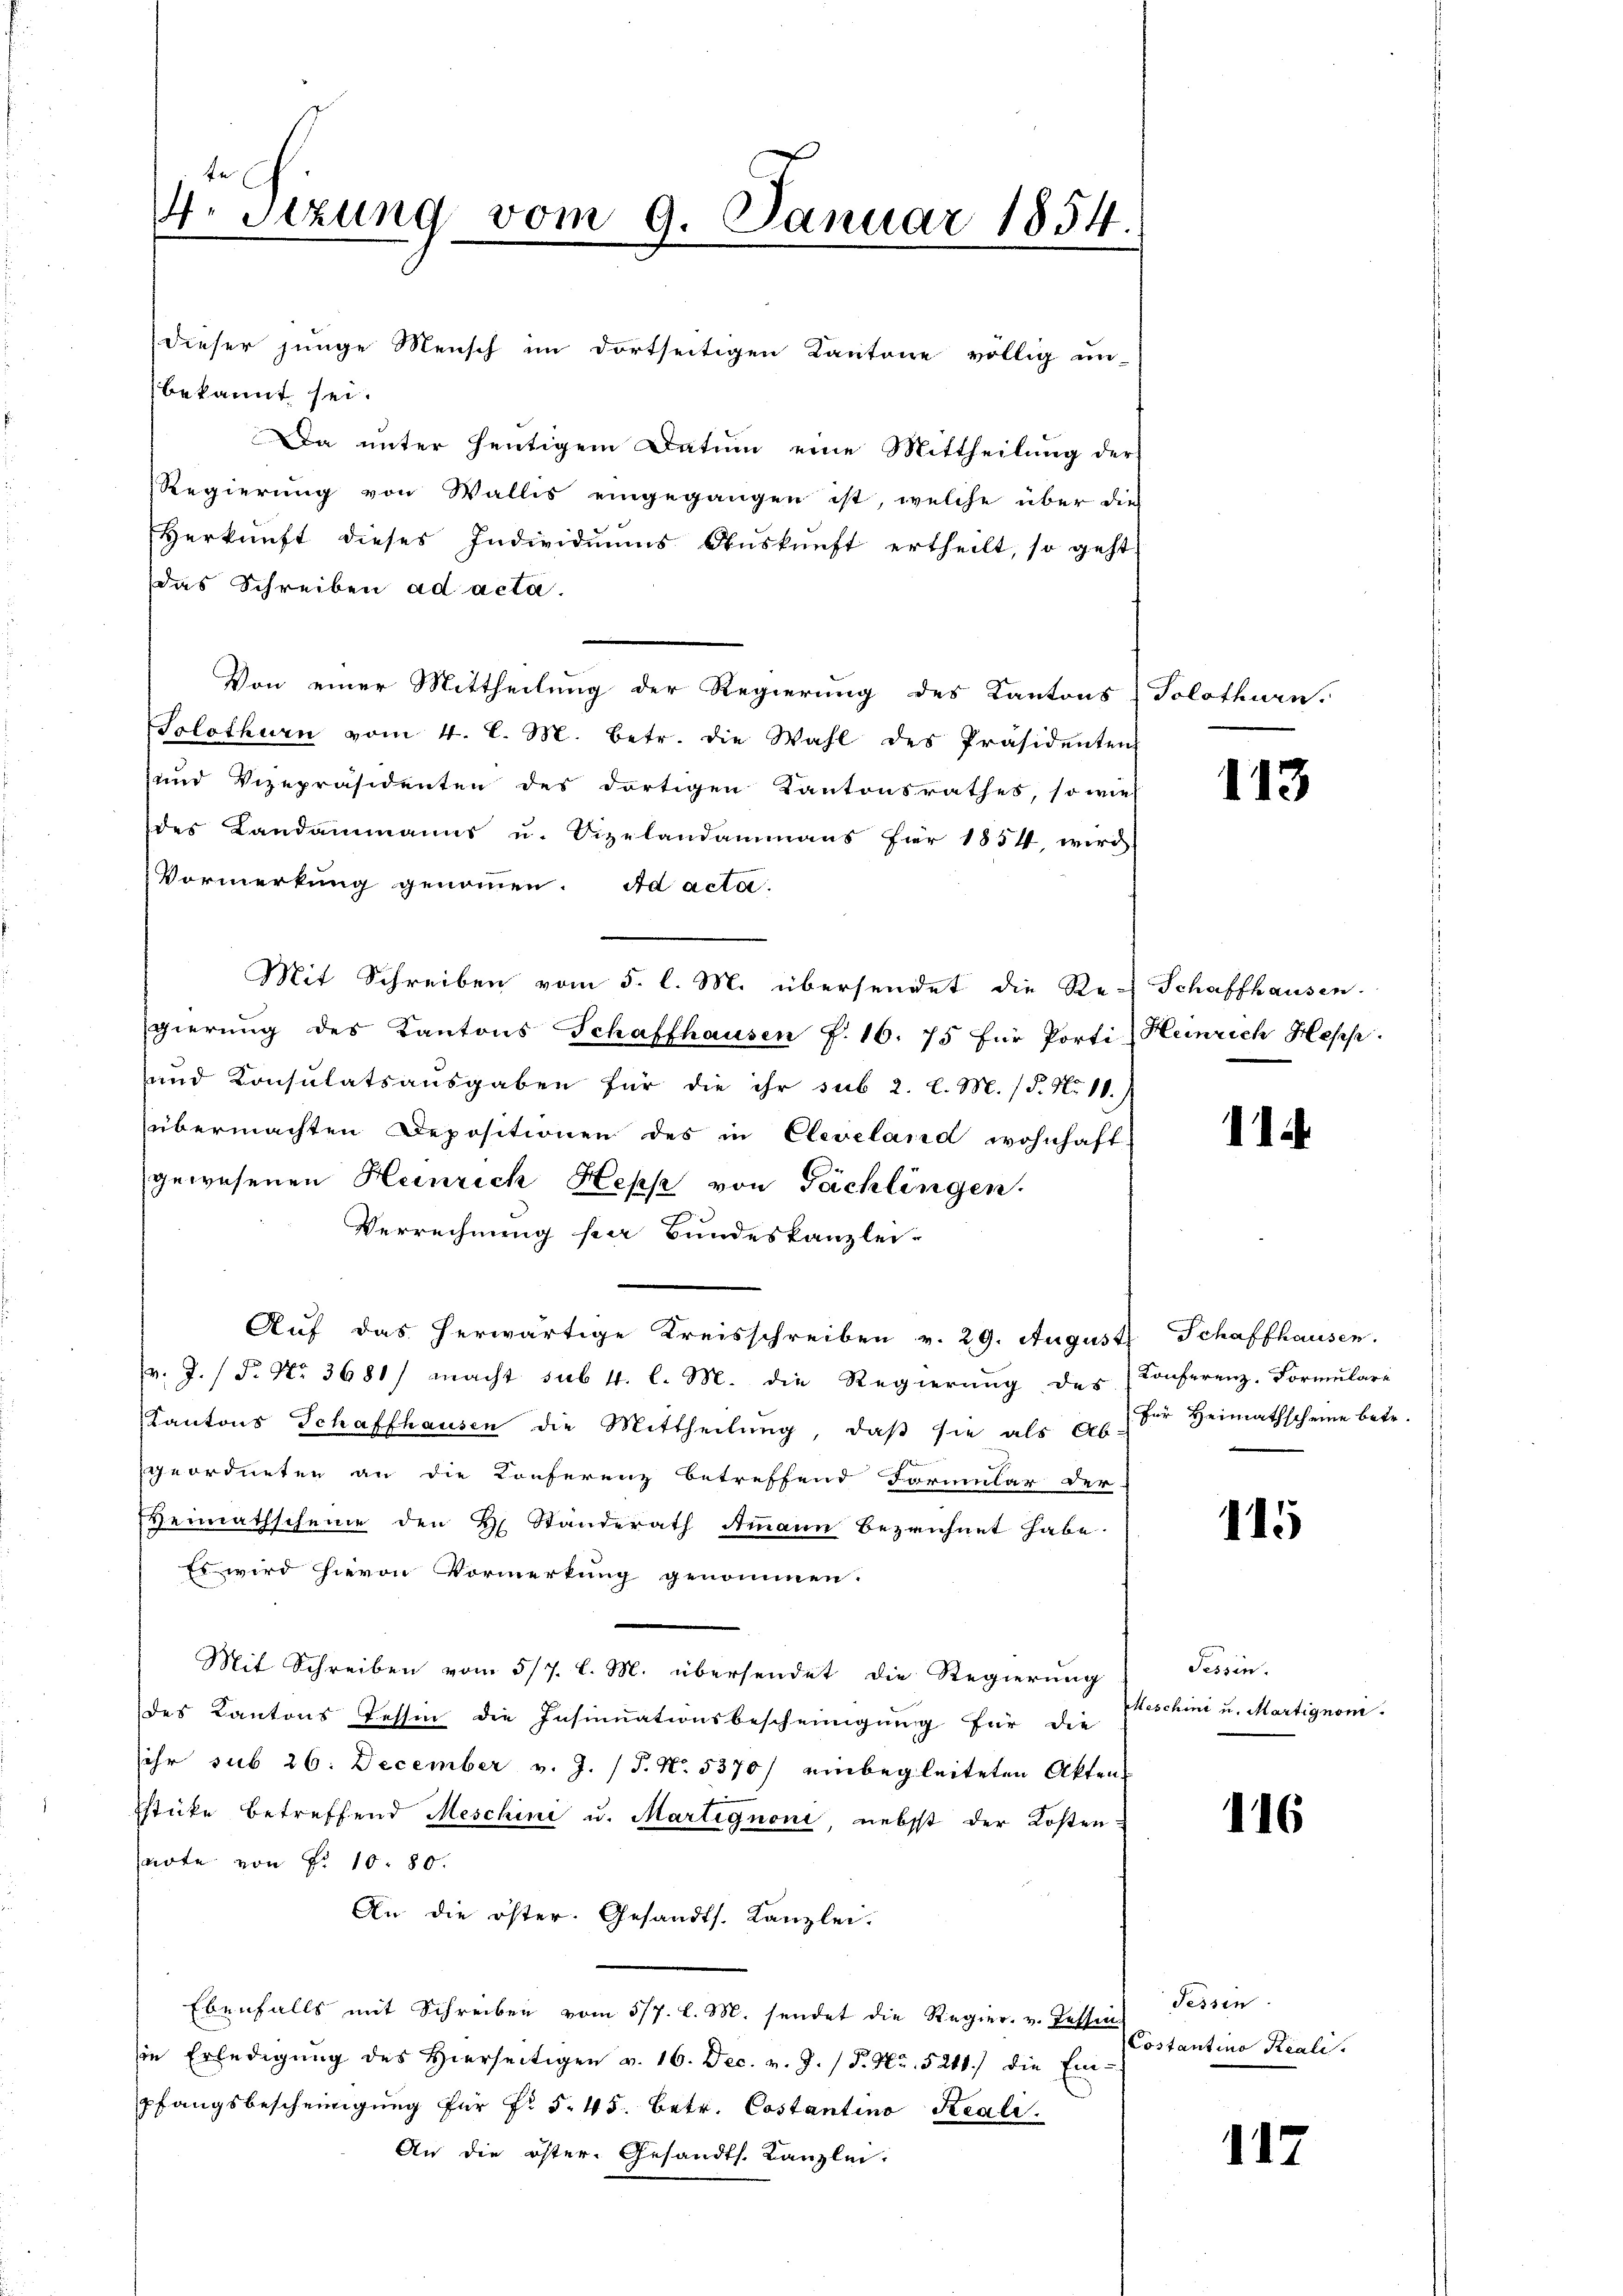
4. Sizung vom 9. Januar 1854.
.

dieser junge Mensch im dortseitigen Kantone völlig un-
bekannt sei.
Da unter heutigem Datum eine Mittheilung der
Regierung von Wallis eingegangen ist, welche über dies
Herkunft dieses Individuums Aŭskŭnft ertheilt, so geht
das Schreiben ad acta.
Von einer Mittheilung der Regierung des Kantons Solothurn.
Solothurn vom 4. l. M. betr. die Wahl des Präsidenten
und Vizepräsidenten des dortigen Kantonsrathes, so wie
des Landammanns u. Sigelandammanns für 1854, wird
Vormerkung genommen. Ad acta.
Mit Schreiben vom 5. l. M. übersendet die Re-Schaffhausen.
gierung des Kantons Schaffhausen P. 16. 75 für Porti Heinrich Hepp.
und Konsulatsaŭsgaben für die ihr sub 2. l. M. (§. N. 11.
übermachten Depositionen des in Cleveland wohnhaft
gewesenen Heinrich Hepp von Fächlingen.
Verrechnung per Bundeskanzlei-
Auf das herwärtige Kreisschreiben v. 29. August Schaffhausen.
v. J. P. Nr. 3681/ macht sub. 4. l. M. die Regierung des Konferenz-Formulare
Kantons Schaffhausen die Mittheilŭng, daβ sie als Ab. für Heimathscheine betr.
geordneten an die Konferenz betreffend Formular der
Heimathscheine den H. Standerath Ammann bezeichnet habe.
Es wird hievon Vormerkung genommen.
Mit Schreiben vom 5/7. l. M. übersendet die Regierung
des Kantons Tessin die Insinuationsbescheinigung für die
sehr sub 26. December v. J. (T. N. 5370/ einbegleiteten Akten,
Estücke betreffend Meschini u. Martignoni, nebst der Kosten
snote von Fr. 10. 80.
An die öster. Gesandts. Kanzlei.
Ebenfalls mit Schreiben vom 5/7. l. M. sendet die Regier. v. Tessin-
sie Erledigŭng des Hierseitigen v. 16. Dec. v. J. / P. Nr. 5211.) die Ein-
pfangsbescheinigung für Fr. 5. 45. Betr. Costantino Reali
An die öster-Gesandts. Kanzlei.

113

11

115

Tessin.
Meschini u. Martignoni.

116

Tessin
Costantino Reali.

117